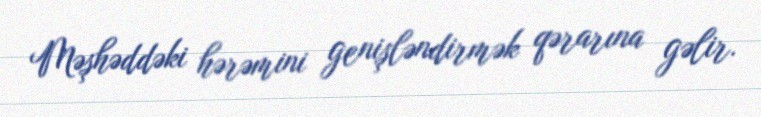
Məşhəddəki hərəmini genişləndirmək qərarına gəlir.